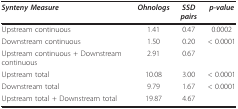
<table><thead><tr><td><b><i>Synteny Measure</i></b></td><td><b><i>Ohnologs</i></b></td><td><b><i>SSD pairs</i></b></td><td><b><i>p-value</i></b></td></tr></thead><tbody><tr><td>Upstream continuous</td><td>1.41</td><td>0.47</td><td>0.0002</td></tr><tr><td>Downstream continuous</td><td>1.50</td><td>0.20</td><td>&lt; 0.0001</td></tr><tr><td>Upstream continuous + Downstream continuous</td><td>2.91</td><td>0.67</td><td></td></tr><tr><td>Upstream total</td><td>10.08</td><td>3.00</td><td>&lt; 0.0001</td></tr><tr><td>Downstream total</td><td>9.79</td><td>1.67</td><td>&lt; 0.0001</td></tr><tr><td>Upstream total + Downstream total</td><td>19.87</td><td>4.67</td><td></td></tr></tbody></table>